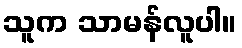
သူက သာမန်လူပါ။